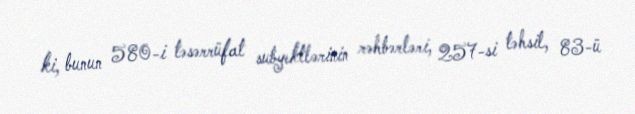
ki, bunun 580-i təsərrüfat subyektlərinin rəhbərləri, 257-si təhsil, 83-ü